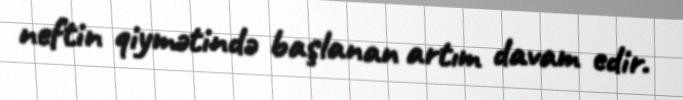
neftin qiymətində başlanan artım davam edir.